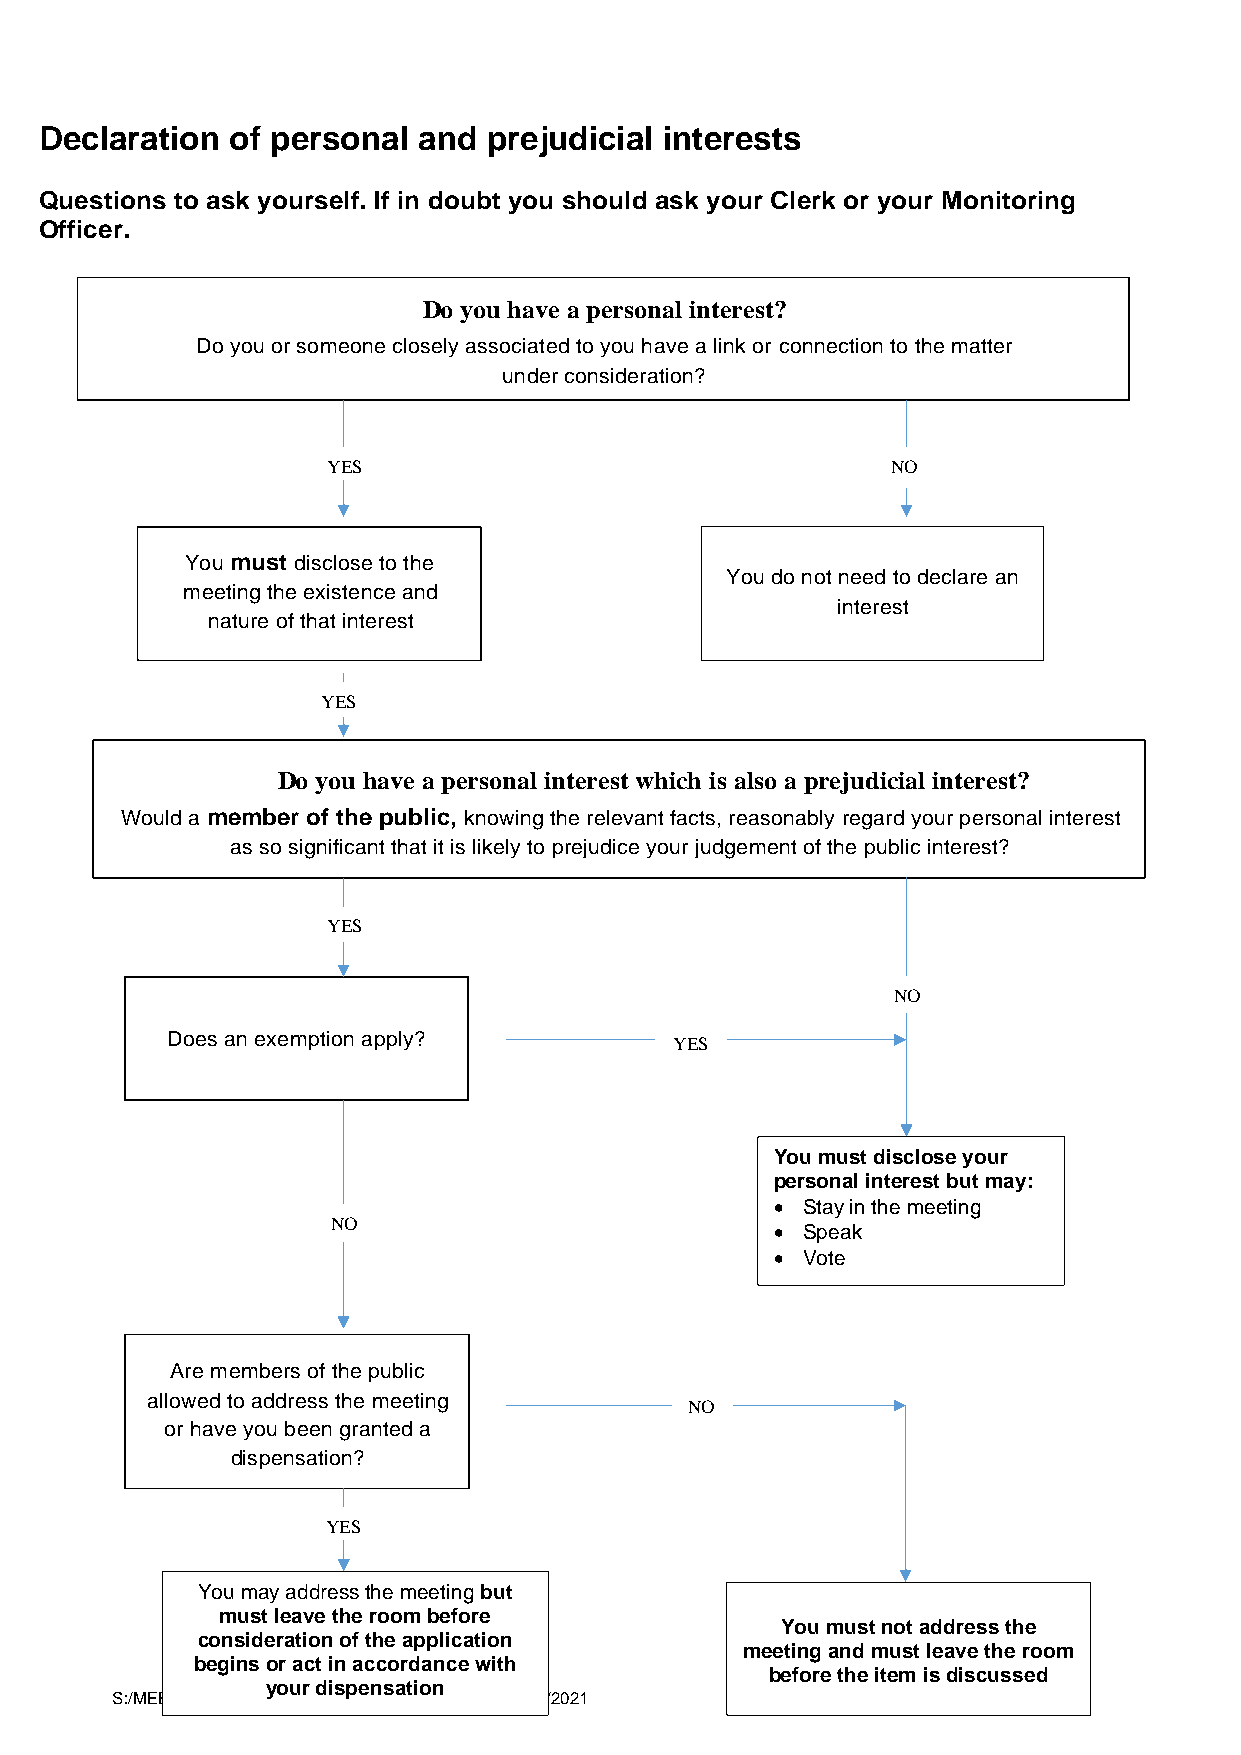
Declaration of personal  and prejudicial interests
 Questions to ask yourself. If in doubt you should ask your Clerk or your Monitoring
 Officer.
 Do you have a personal interest?
 Do you or someone closely associated to you have a link or connection to the matter
 under consideration?
 YES                                  NO
 You must disclose to the
 You do not need to declare an
 m eeting the existence and
 interest
 nature of that interest
 YES
 Do you have a personal interest which is also a prejudicial interest?
 Would a member of the public, knowing the relevant facts, reasonably regard your personal interest
 as so significant that it is likely to prejudice your judgement of the public interest?
 YES
 NO
 Does an exemption apply?          YES
 You must disclose your
 personal interest but may:
 • Stay in the meeting
 NO
 • Speak
 • Vote
 Are members of the public
 allowed to address the meeting
 NO
 or have you been granted a
 dispensation?
 YES
 You may address the meeting but
 must leave the room before
 You must not address the
 consideration of the application
 meeting and must leave the room
 begins or act in accordance with
 before the item is discussed
 your dispensation
 S:/MEETINGS/FullCouncil/TownCouncilMeetings/Agendas/2021